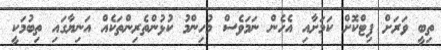
ތިބީ ވަރަށް ފިޓްކޮށް ކަމަށާއި އެހެން ނަމަވެސް މުހިންމު ކުޅުންތެރިންތަކެއް އަނިޔާގައި ތިބުމަކީ